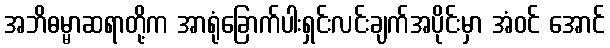
အဘိဓမ္မာဆရာတို့က အာရုံခြောက်ပါးရှင်းလင်းချက်အပိုင်းမှာ အံဝင် အောင်